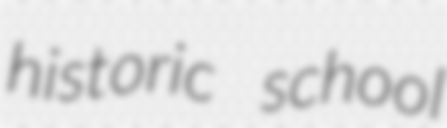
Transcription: historic school